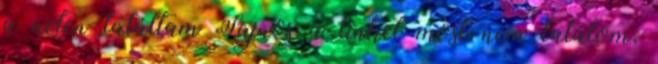
a neten találtam Sajnos a linket most nem találom,